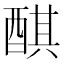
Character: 𨡨